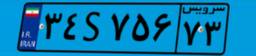
۶۶S۰۷۳۴۲